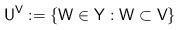
LaTeX: \begin{align*} \mathsf U^{\mathsf V} := \{ \mathsf W \in \mathsf Y : \mathsf W \subset \mathsf V\} \end{align*}